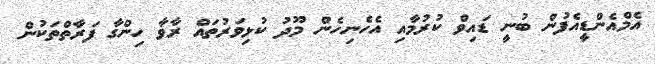
އެމްއެންޑީއެފުން ބުނީ ޑައިވް ކުރުމާއި އެހެނިހެން މޫދު ކުޅިވަރުތައް ރާވާ ހިންގާ ފަރާތްތަކުން